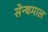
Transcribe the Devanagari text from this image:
सेन्धमाल